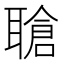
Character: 𬚤